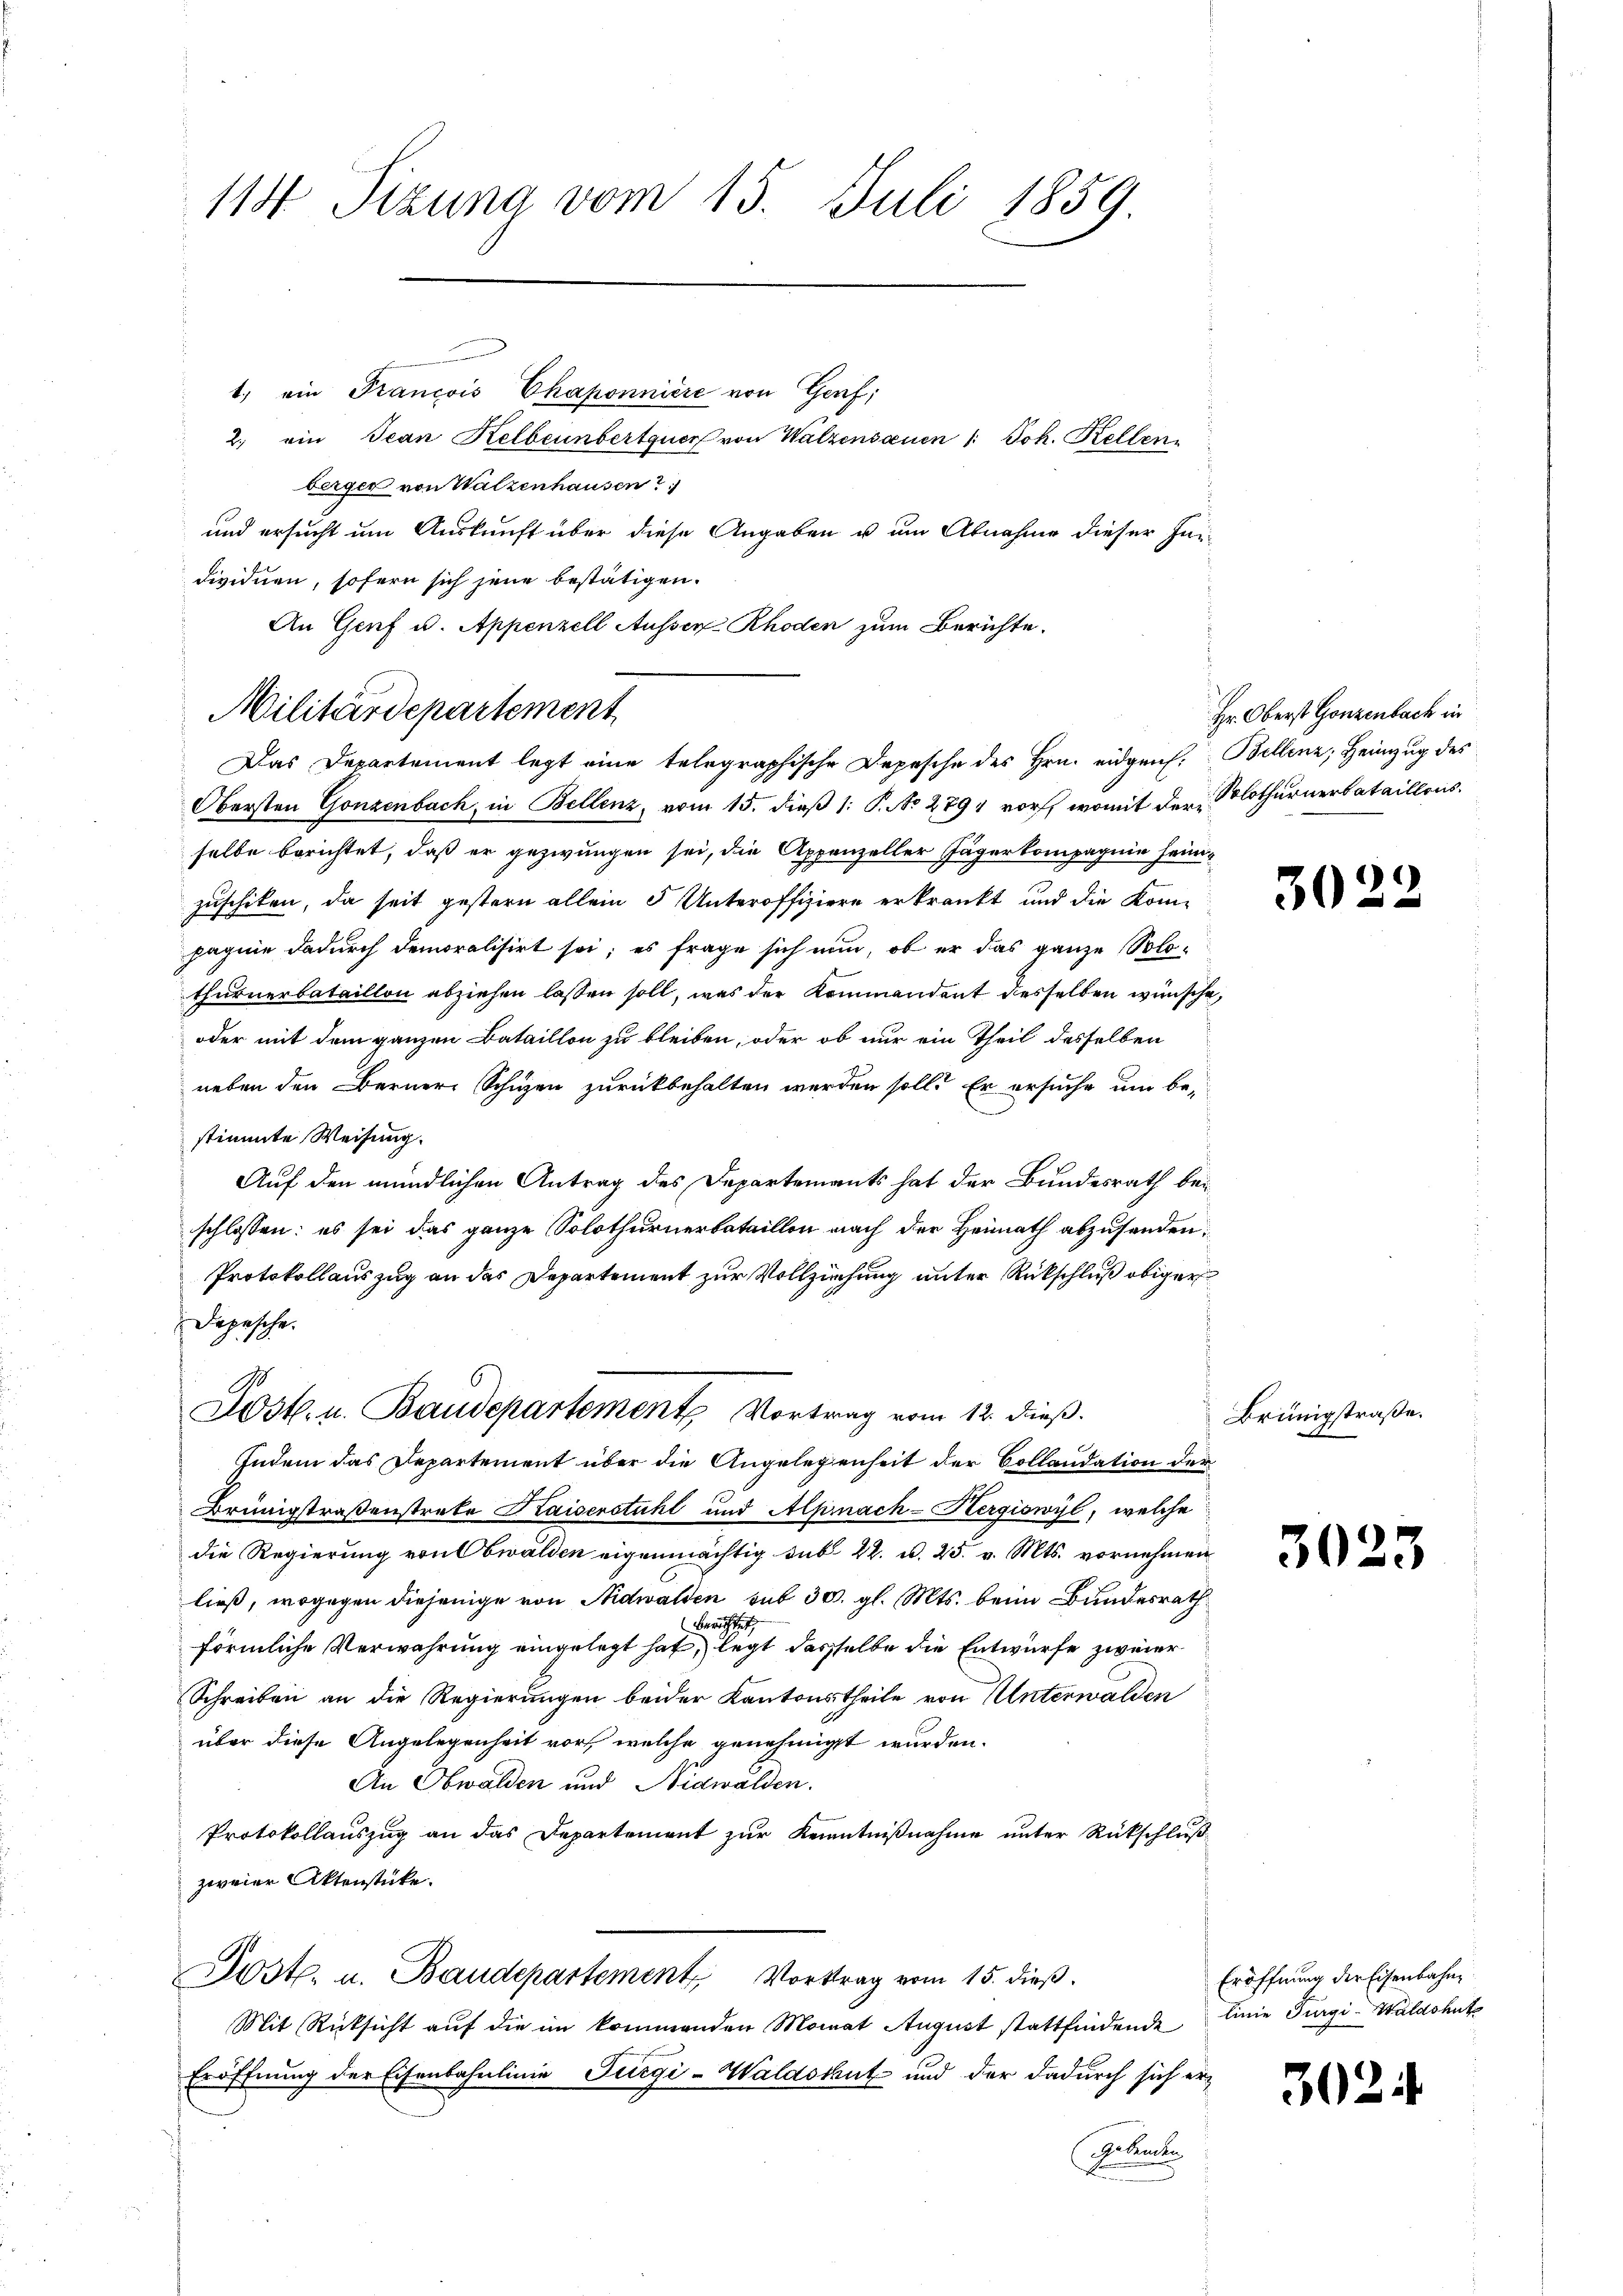
113 Tizuna vom 15. Juli 1859

1, ein Francois Chaponniere von Genf;
2. ein Jean Kelbeinbertquer von Walzensaxen /: Joh. Kellen
berger von Walzenhausen
und ersucht um Auskunft über diese Angaben u um Abnahme dieser Inn
dividuen, sofern sich jene bestätigen.
An Genf u. Appenzell Ausser Rhoden zum Berichte.
Obersten Gonzenbach, in Bellenz, vom 15. dieß 1: P. No 2794 vor, womit der Solothurnerbataillons
selbe berichtet, daß er gezwungen sei, die Appenzeller Jägerkompagnie heimzuschiken, da seit gestern allein 5 Unteroffiziere erkrankt und die Kompagnie dadurch demoralisirt sei; es frage sich nun, ob er das ganze Solo-
thurnerbataillon abziehen lassen soll, was der Kommandant desselben wünsche,
oder mit dem ganzen Bataillon zu bleiben, oder ob nur ein Theil desselben
neben den Berner Schuzen zurückbehalten werden soll. Er ersuche um be-
stimmte Weisung.
Auf den mündlichen Antrag des Departements hat der Bundesrath bei
schlossen: es sei das ganze Solothurnerbataillon nach der Heimath abzusenden:
Protokollauszug an das Departement zur Vollziehung unter Rückschluß obiger
Depesche
Jost. u. Baudepartement Vortrag vom 12. dieß.
Indem das Departement über die Angelegenheit der Collaudation der
Brüngstraßenstrate Kaiserstuhl und Alpinach-Kergiswyl, welche
die Regierung von Obwalden eigenmächtig sub. 22. d. 25. v. Mts. vornehmen
ließ, wogegen diejenige von Nidwalden sub 30. gl. Mts. beim Bundesrath
berichtet,
förmliche Verwahrung eingelegt hat, legt dasselbe die Entwurfe zweier
Schreiben an die Regierungen beider Kantonstheile von Unterwalden
über diese Angelegenheit vor, welche genehmigt wurden.
An Obwalden und Nidwalden.
Protokollauszug an das Departement zur Kenntnißnahme unter Rückschluß
zweier Aktenstücke.
Jost. u. Baudepartement Vortrag vom 15. dieß.
Mit Rücksicht auf die im kommenden Monat August stattfindende
Eröffnung der Eisenbahnlinie Turgi-Waldshut und der dadurch sich er¬
Sekunden

Militärdepartement
Das Departement legt eine telegraphische Depesche des Hrn. eidgen. Bellenz, Heimzug des

Hr. Oberst Gonzenbach in

3022

Brüngstraße.

30.

23

Eröffnung der Eisenbahne
linie Furgi-Waldshutz

3024